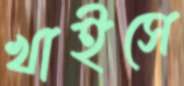
খাইসে